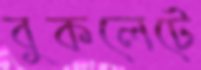
বুকলেটে